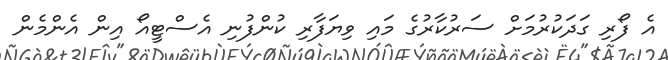
އެ ފޯރި ގަދަކުރުމަށް ސަރުކާރުގެ މައި ވިޔަފާރި ކުންފުނި އެސްޓީއޯ އިން އެންމެން